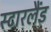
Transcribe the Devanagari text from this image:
स्टारलैंड